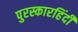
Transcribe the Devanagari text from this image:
पुरस्कारहिंदी